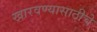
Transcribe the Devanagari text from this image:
खारवण्यासाठीचे